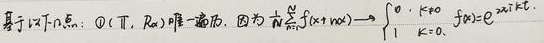
基于以下几点：\((T, R_0)\)唯一遍历，因为\(\frac{1}{N}\sum_{n = 0}^{N - 1}f(x+ n\alpha)=\begin{cases}0, &k\neq0\\1, &k = 0\end{cases}\) ，其中\(f(x)=e^{2\pi ikx}\) 。